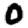
Digit: 0